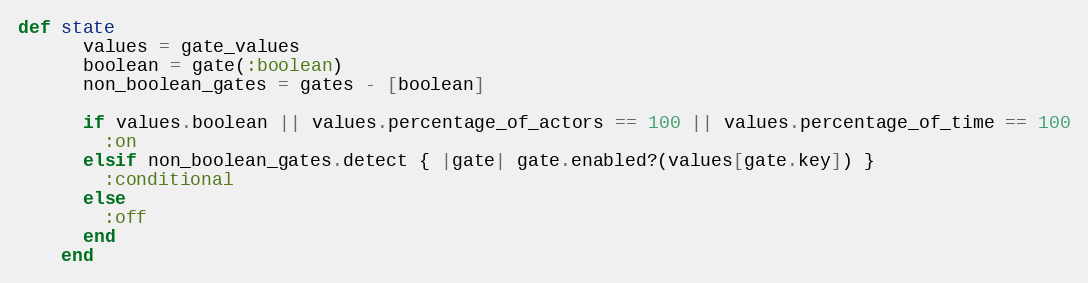
Language: Ruby
def state
      values = gate_values
      boolean = gate(:boolean)
      non_boolean_gates = gates - [boolean]

      if values.boolean || values.percentage_of_actors == 100 || values.percentage_of_time == 100
        :on
      elsif non_boolean_gates.detect { |gate| gate.enabled?(values[gate.key]) }
        :conditional
      else
        :off
      end
    end